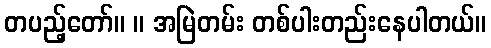
တပည့်တော်။ ။ အမြဲတမ်း တစ်ပါးတည်းနေပါတယ်။